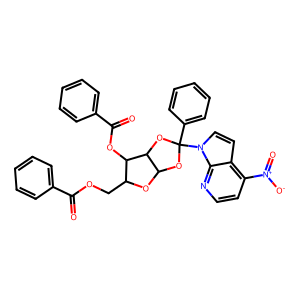
SMILES: O=C(OCC1OC2OC(c3ccccc3)(n3ccc4c([N+](=O)[O-])ccnc43)OC2C1OC(=O)c1ccccc1)c1ccccc1
Inhibits HIV replication: No